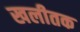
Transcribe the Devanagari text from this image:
खलीतक